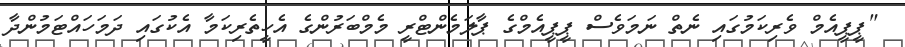
"ޕީޕީއެމް ވެރިކަމުގައި ނެެތް ނަމަވެސް ޕީޕީއެމްގެ ޕާލަމެންޓްރީ މެމްބަރުންގެ އެހީތެރިކަމާ އެކުގައި ދަމަހައްޓަމުންދާ